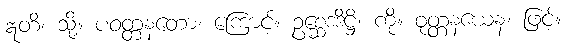
ဣတိ၊ သို့။ ပဝတ္တနတော၊ ကြောင့်။ ဥစ္ဆေဒဒိဋ္ဌိ၊ ကို။ ဝုတ္တနယေန၊ ဖြင့်။